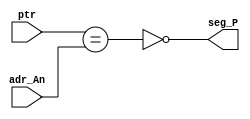
`timescale 1ns / 1ps
//////////////////////////////////////////////////////////////////////////////////
// Company: 
// Engineer: 
// 
// Design Name: 
// Module Name:    Gen_P 
// Project Name: 
// Target Devices: 
// Tool versions: 
// Description: 
//
// Dependencies: 
//
// Revision: 
// Revision 0.01 - File Created
// Additional Comments: 
//
//////////////////////////////////////////////////////////////////////////////////
module Gen_P (	input [1:0] ptr,	output wire seg_P,
    		 		input [1:0] adr_An ); 
assign seg_P = !(ptr==adr_An) ;   
endmodule